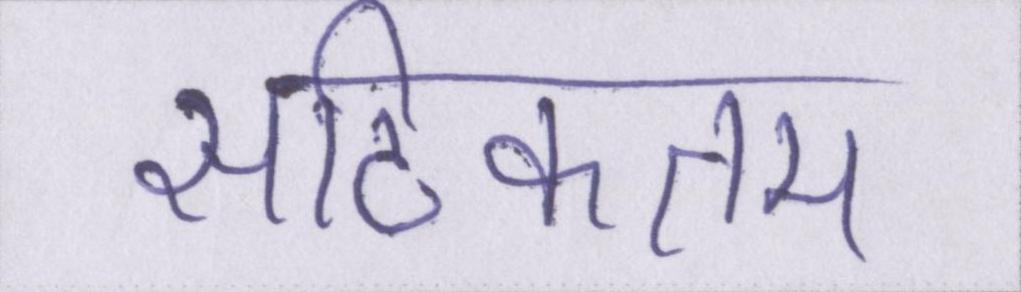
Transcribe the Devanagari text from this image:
सटिकतम